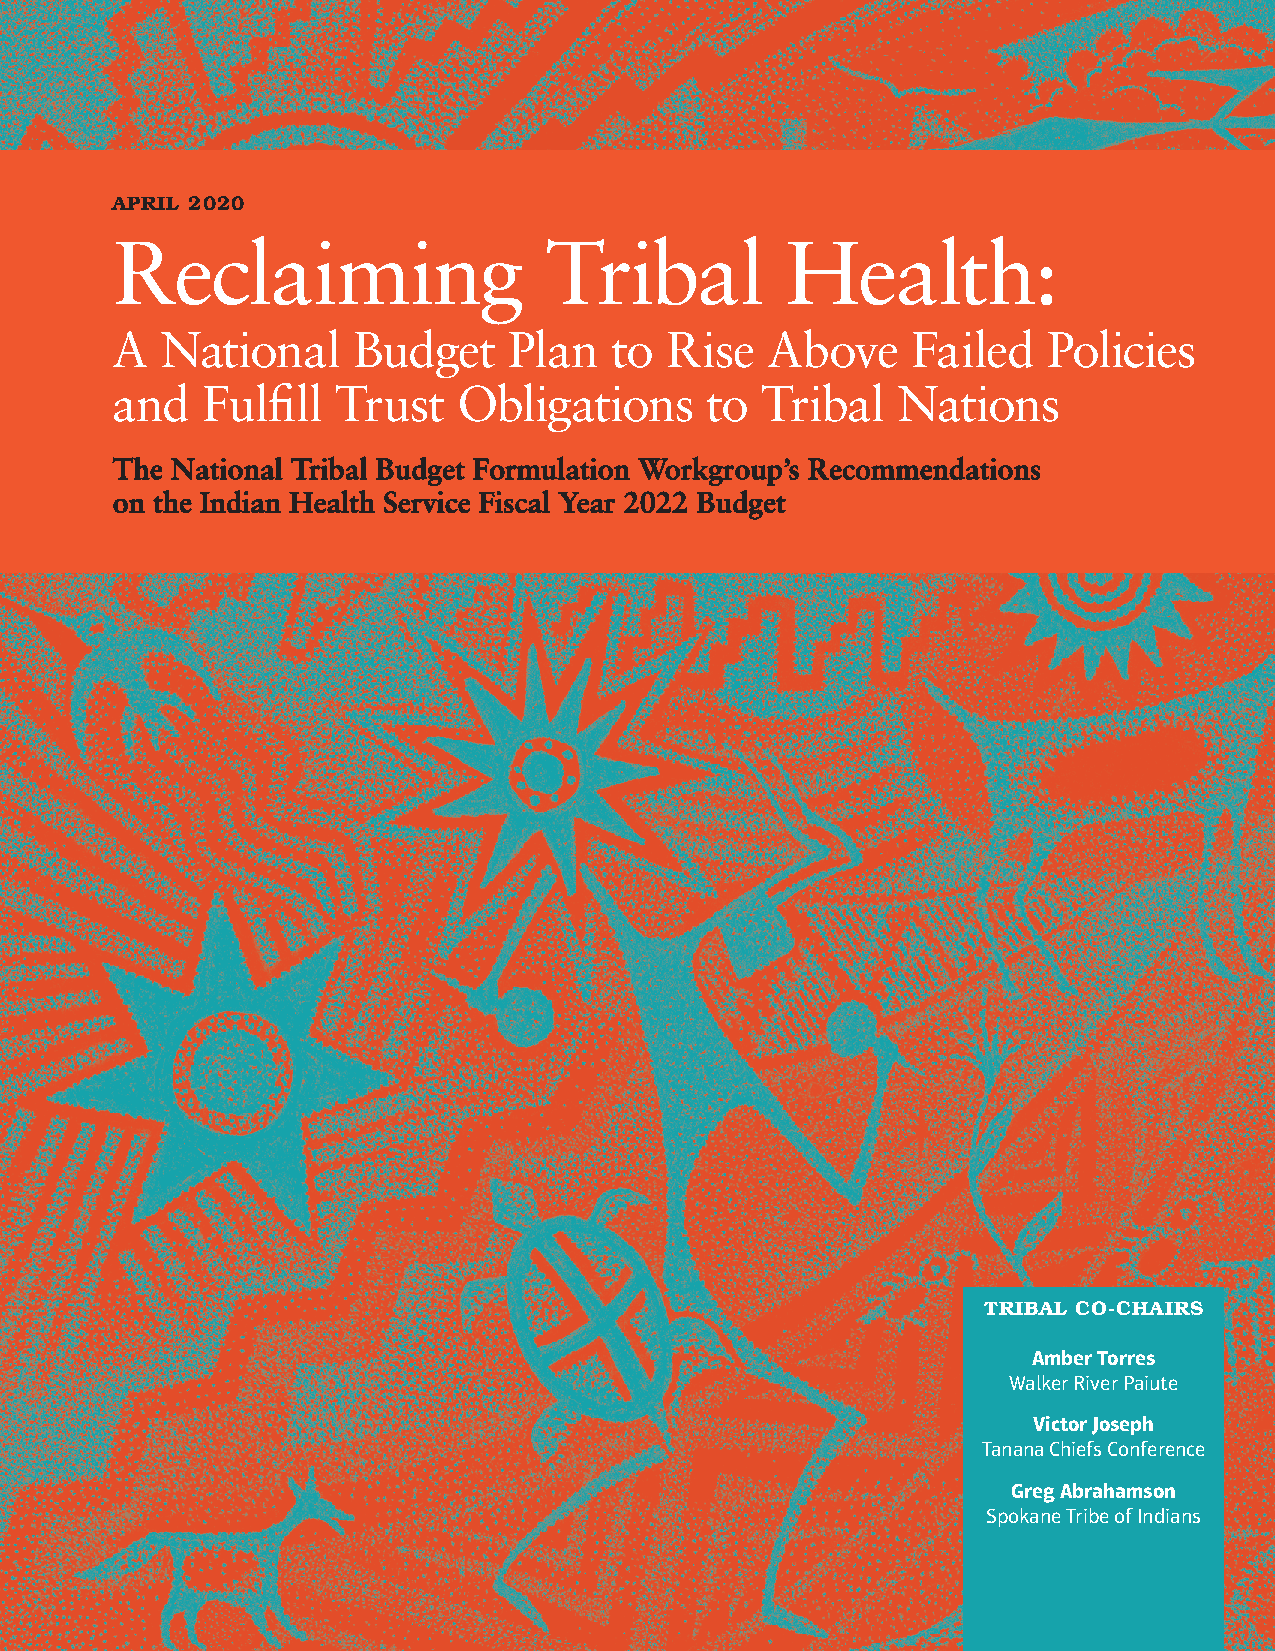
APRIL 2020
 Reclaiming                   Tribal          Health:
 A   National    Budget     Plan  to  Rise   Above    Failed   Policies
 and   Fulfill  Trust   Obligations      to Tribal   Nations
 The National Tribal Budget Formulation Workgroup’s Recommendations
 on the Indian Health Service Fiscal Year 2022 Budget
 TRIBAL CO-CHAIRS
 Amber Torres
 Walker River Paiute
 Victor Joseph
 Tanana Chiefs Conference
 Greg Abrahamson
 Spokane Tribe of Indians